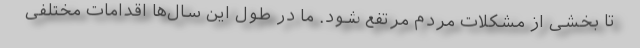
تا بخشی از مشکلات مردم مرتفع شود. ما در طول این سال‌ها اقدامات مختلفی